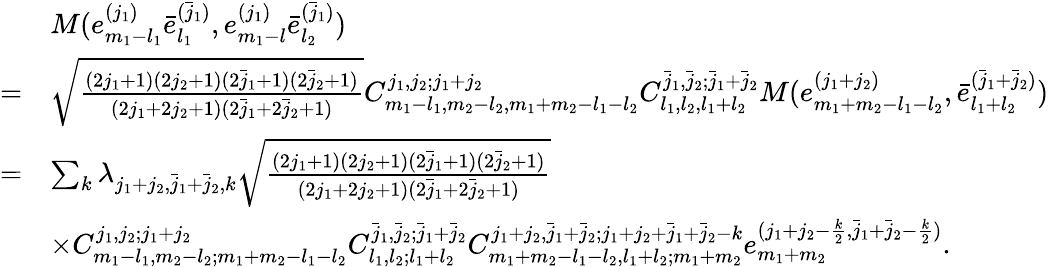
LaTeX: \begin{array}{rl}&{M(e_{m_{1}-l_{1}}^{(j_{1})}\bar{e}_{l_{1}}^{(\bar{j}_{1})},e_{m_{1}-l}^{(j_{1})}\bar{e}_{l_{2}}^{(\bar{j}_{1})})}\\ {=}&{\sqrt{\frac{(2j_{1}+1)(2j_{2}+1)(2\bar{j}_{1}+1)(2\bar{j}_{2}+1)}{(2j_{1}+2j_{2}+1)(2\bar{j}_{1}+2\bar{j}_{2}+1)}}C_{m_{1}-l_{1},m_{2}-l_{2},m_{1}+m_{2}-l_{1}-l_{2}}^{j_{1},j_{2};j_{1}+j_{2}}C_{l_{1},l_{2},l_{1}+l_{2}}^{\bar{j}_{1},\bar{j}_{2};\bar{j}_{1}+\bar{j}_{2}}M(e_{m_{1}+m_{2}-l_{1}-l_{2}}^{(j_{1}+j_{2})},\bar{e}_{l_{1}+l_{2}}^{(\bar{j}_{1}+\bar{j}_{2})})}\\ {=}&{\sum_{k}\lambda_{j_{1}+j_{2},\bar{j}_{1}+\bar{j}_{2},k}\sqrt{\frac{(2j_{1}+1)(2j_{2}+1)(2\bar{j}_{1}+1)(2\bar{j}_{2}+1)}{(2j_{1}+2j_{2}+1)(2\bar{j}_{1}+2\bar{j}_{2}+1)}}}\\ &{\times C_{m_{1}-l_{1},m_{2}-l_{2};m_{1}+m_{2}-l_{1}-l_{2}}^{j_{1},j_{2};j_{1}+j_{2}}C_{l_{1},l_{2};l_{1}+l_{2}}^{\bar{j}_{1},\bar{j}_{2};\bar{j}_{1}+\bar{j}_{2}}C_{m_{1}+m_{2}-l_{1}-l_{2},l_{1}+l_{2};m_{1}+m_{2}}^{j_{1}+j_{2},\bar{j}_{1}+\bar{j}_{2};j_{1}+j_{2}+\bar{j}_{1}+\bar{j}_{2}-k}e_{m_{1}+m_{2}}^{(j_{1}+j_{2}-\frac{k}{2},\bar{j}_{1}+\bar{j}_{2}-\frac{k}{2})}.}\end{array}